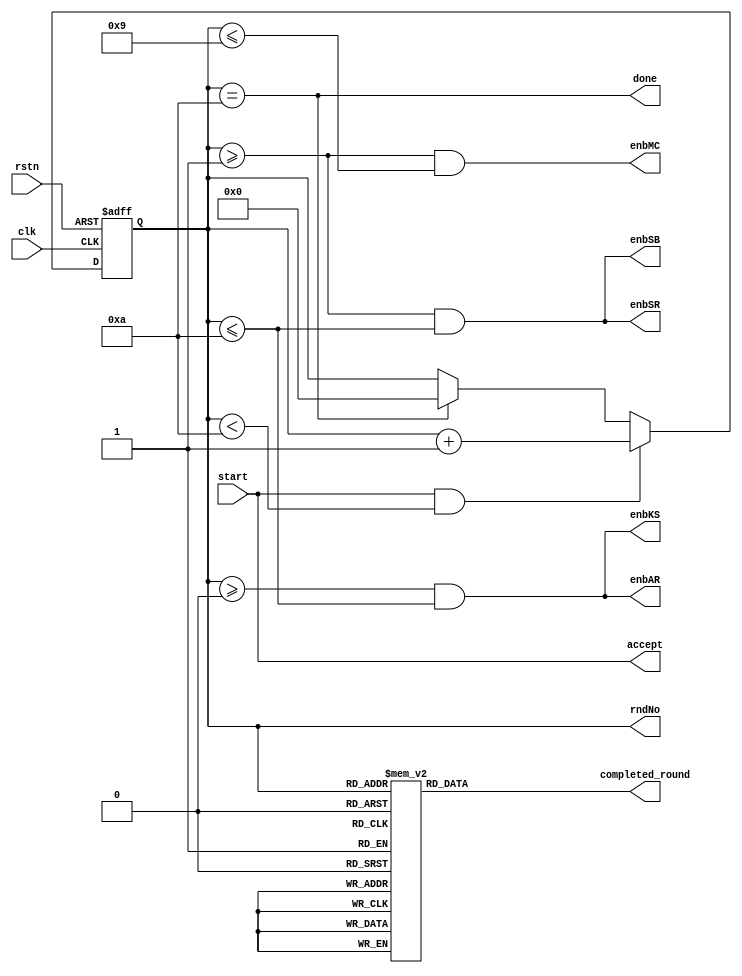
module AEScntx( 
input clk, 
input start, 
input rstn, 
output accept, 
output reg [3:0] rndNo, 
output enbSB, 
output enbSR, 
output enbMC, 
output enbAR, 
output enbKS, 
//to testbench 
output done, 
output reg [9:0] completed_round 
); 



always @(posedge clk or negedge rstn) begin
   if(!rstn) begin
      rndNo<=0;
   end
   else  begin
     if(start && rndNo<10)
        rndNo<=rndNo+1;
     else if (rndNo==10) 
        rndNo<=0;
   end
end

always @* begin

   case(rndNo)
        4'd0: completed_round=10'b0000_0000_01; 
        4'd1: completed_round=10'b0000_0000_10;
        4'd2: completed_round=10'b0000_0001_00;
        4'd3: completed_round=10'b0000_0010_00;
        4'd4: completed_round=10'b0000_0100_00;
        4'd5: completed_round=10'b0000_1000_00;
        4'd6: completed_round=10'b0001_0000_00;
        4'd7: completed_round=10'b0010_0000_00;
        4'd8: completed_round=10'b0100_0000_00;
        4'd9:completed_round=10'b1000_0000_00;
        default: completed_round=10'b0000_0000_00;
   endcase
end

   assign enbSB = (rndNo>=1 && rndNo<=10);
   assign enbSR = (rndNo>=1 && rndNo<=10);
   assign enbMC = (rndNo>=1 && rndNo<=9);
   assign enbAR = (rndNo>=0 && rndNo<=10);
   assign enbKS = (rndNo>=0 && rndNo<=10);

   assign accept = start;
   assign done = (rndNo==4'd10);

endmodule